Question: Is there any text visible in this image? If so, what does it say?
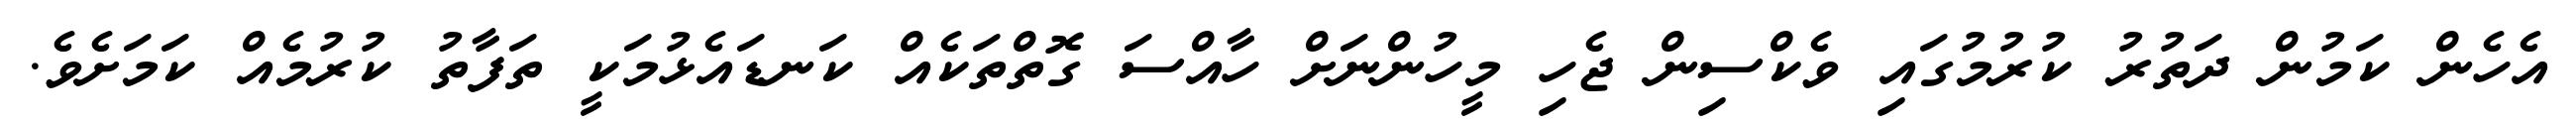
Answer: އެހެން ކަމުން ދަތުރު ކުރުމުގައި ވެކްސިން ޖެހި މީހުންނަށް ހާއްސަ ގޮތްތަކެއް ކަނޑައެޅުމަކީ ތަފާތު ކުރުމެއް ކަމަށެވެ.